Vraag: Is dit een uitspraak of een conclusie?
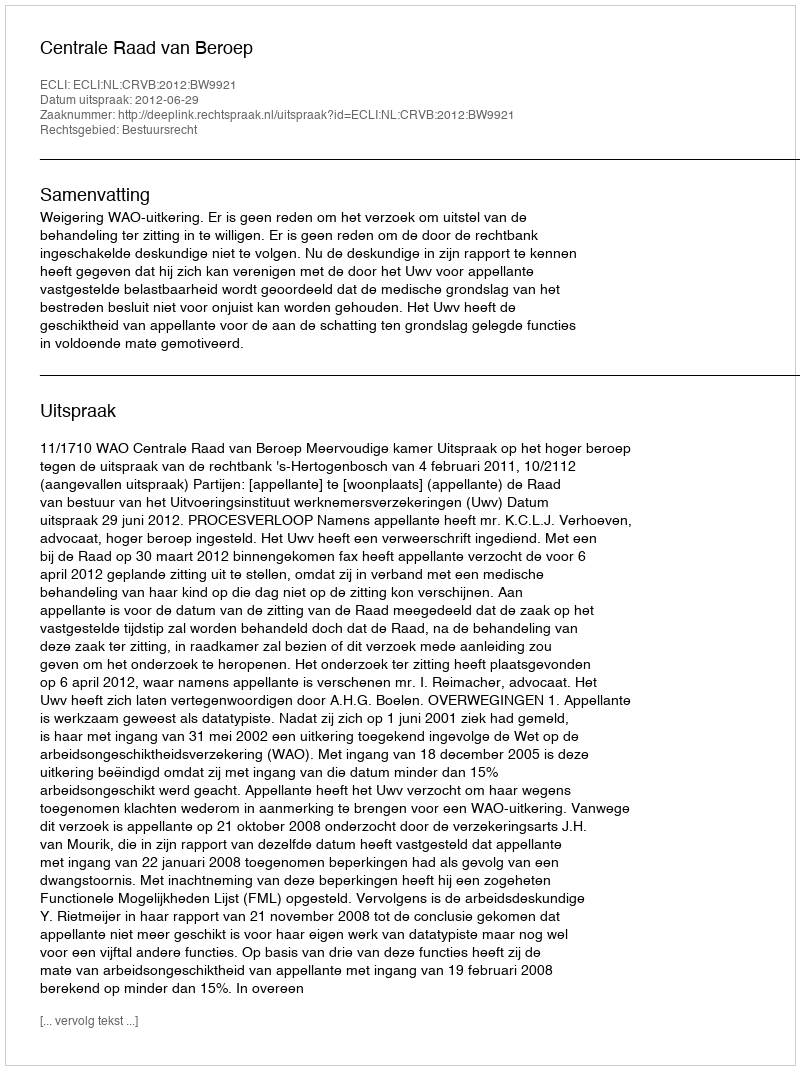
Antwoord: Uitspraak